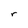
Character: r